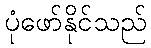
ပုံဖော်နိုင်သည်